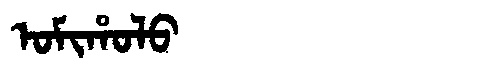
Manchu: ᠣᠮᡳᡥᠣᠯᠣ
Romanization: OMIHOLO